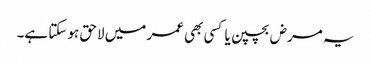
یہ مرض بچپن یا کسی بھی عمر میں لاحق ہو سکتا ہے۔